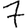
Digit: 7